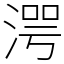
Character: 湂